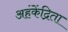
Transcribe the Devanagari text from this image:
अहंकेंद्रिता